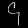
Digit: ၄